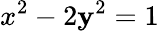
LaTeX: x^{2}-2\mathbf{y}^{2}=1